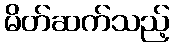
မိတ်ဆက်သည့်